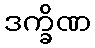
ဒက္ခိဏ